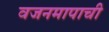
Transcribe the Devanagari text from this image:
वजनमापाची